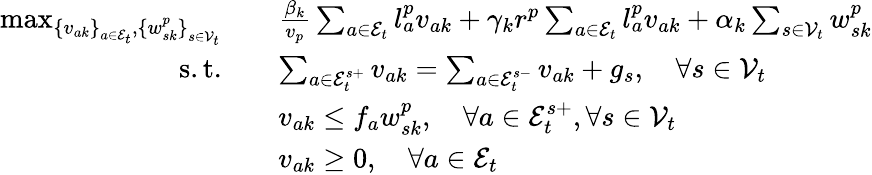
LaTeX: \begin{array}{rl}{\operatorname*{max}_{\{ {v_{ak}\} }_{a\in\mathcal{E}_{t}},\{ {w_{sk}^{p}\} }_{s\in\mathcal{V}_{t}}}\quad}&{\frac{\beta_{k}}{v_{p}}\sum_{a\in\mathcal{E}_{t}}l_{a}^{p}v_{ak}+\gamma_{k}r^{p}\sum_{a\in\mathcal{E}_{t}}l_{a}^{p}v_{ak}+\alpha_{k}\sum_{s\in\mathcal{V}_{t}}w_{sk}^{p}}\\ {\mathrm{s.t.}\quad}&{\sum_{a\in\mathcal{E}_{t}^{s+}}v_{ak}=\sum_{a\in\mathcal{E}_{t}^{s-}}v_{ak}+g_{s},\quad\forall s\in\mathcal{V}_{t}}\\ &{v_{ak}\leq f_{a}w_{sk}^{p},\quad\forall a\in\mathcal{E}_{t}^{s+},\forall s\in\mathcal{V}_{t}}\\ &{v_{ak}\geq 0,\quad\forall a\in\mathcal{E}_{t}}\end{array}